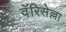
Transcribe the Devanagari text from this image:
वॅरिसेल्ला